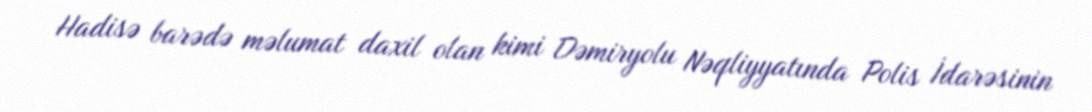
Hadisə barədə məlumat daxil olan kimi Dəmiryolu Nəqliyyatında Polis İdarəsinin